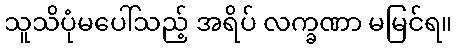
သူသိပုံမပေါ်သည့် အရိပ် လက္ခဏာ မမြင်ရ။